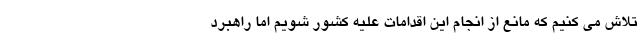
تلاش می کنیم که مانع از انجام این اقدامات علیه کشور شویم اما راهبرد